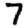
Digit: 7